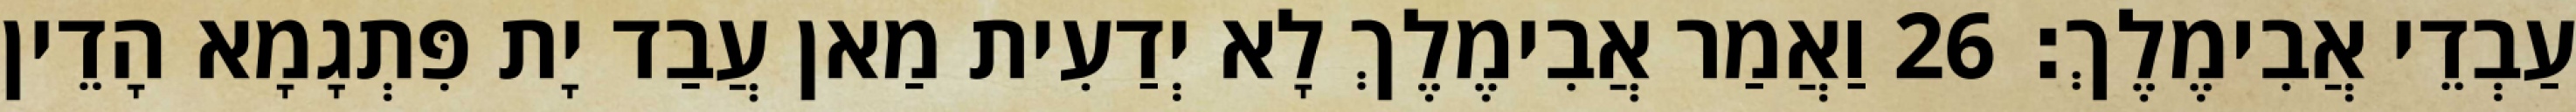
עַבְדֵי אֲבִימֶלֶךְ׃ 26 וַאֲמַר אֲבִימֶלֶךְ לָא יְדַעִית מַאן עֲבַד יָת פִּתְגָמָא הָדֵין